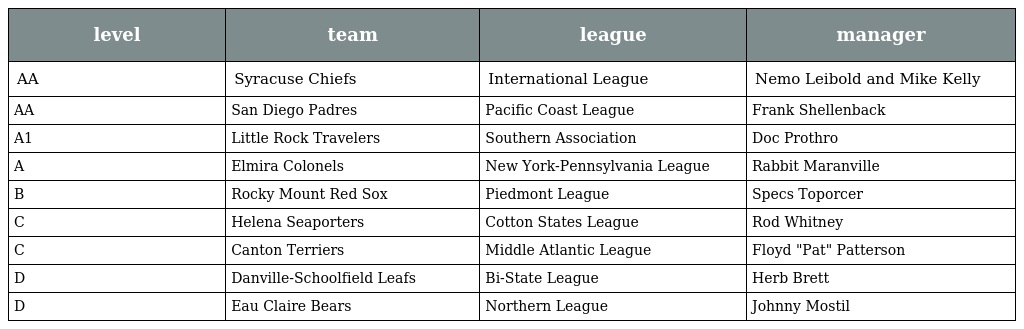
| level | team | league | manager |
 | --- | --- | --- | --- |
 | AA | Syracuse Chiefs | International League | Nemo Leibold and Mike Kelly |
 | AA | San Diego Padres | Pacific Coast League | Frank Shellenback |
 | A1 | Little Rock Travelers | Southern Association | Doc Prothro |
 | A | Elmira Colonels | New York-Pennsylvania League | Rabbit Maranville |
 | B | Rocky Mount Red Sox | Piedmont League | Specs Toporcer |
 | C | Helena Seaporters | Cotton States League | Rod Whitney |
 | C | Canton Terriers | Middle Atlantic League | Floyd "Pat" Patterson |
 | D | Danville-Schoolfield Leafs | Bi-State League | Herb Brett |
 | D | Eau Claire Bears | Northern League | Johnny Mostil |